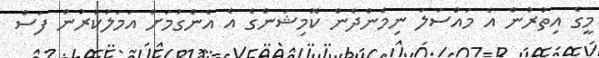
މީގެ އިތުރުން އެ މައްސަލަ ނިމެންދެން ކޮމިޝަންގެ އެ އެންގުމަށް އަމަލުކުރުން ފަސް